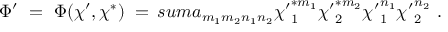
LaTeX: \Phi ^ { \prime } \ = \ \Phi ( \chi ^ { \prime } , \chi ^ { * } ) \ = \, s u m a _ { m _ { 1 } m _ { 2 } n _ { 1 } n _ { 2 } } { \chi ^ { \prime } } _ { 1 } ^ { * m _ { 1 } } { \chi ^ { \prime } } _ { 2 } ^ { * m _ { 2 } } { \chi ^ { \prime } } _ { 1 } ^ { n _ { 1 } } { \chi ^ { \prime } } _ { 2 } ^ { n _ { 2 } } \ .